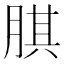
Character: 𦝁